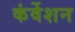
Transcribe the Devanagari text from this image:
कंर्वेशन